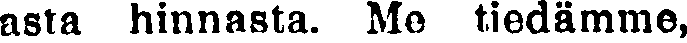
asta hinnasta. Me tiedämme,